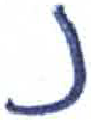
אות: נ